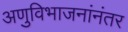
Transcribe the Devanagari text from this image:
अणुविभाजनांनंतर